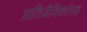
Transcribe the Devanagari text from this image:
प्रतिजैविकांसह